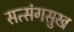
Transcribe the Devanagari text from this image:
सत्संगसुख